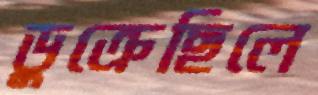
ডুক্‌রেছিলে